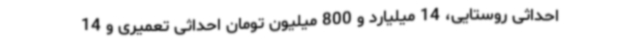
احداثی روستایی، 14 میلیارد و 800 میلیون تومان احداثی تعمیری و 14